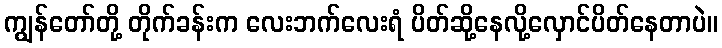
ကျွန်တော်တို့ တိုက်ခန်းက လေးဘက်လေးရံ ပိတ်ဆို့နေလို့လှောင်ပိတ်နေတာပဲ။